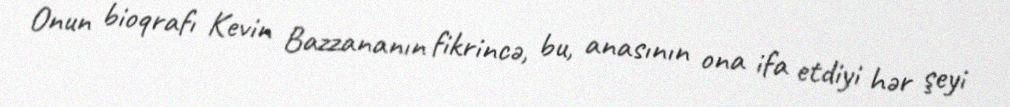
Onun bioqrafı Kevin Bazzananın fikrincə, bu, anasının ona ifa etdiyi hər şeyi